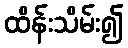
ထိန်းသိမ်း၍